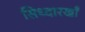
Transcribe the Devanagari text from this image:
सिध्दारखाँ